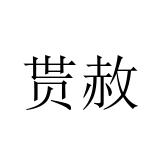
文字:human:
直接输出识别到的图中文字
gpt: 贳赦